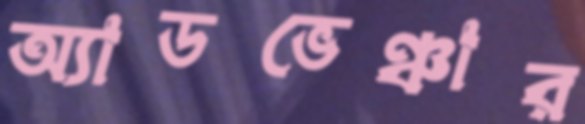
অ্যাডভেঞ্চার